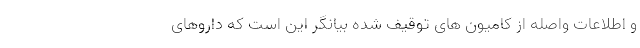
و اطلاعات واصله از کامیون های توقیف شده بیانگر این است که داروهای